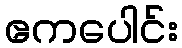
ဧကပေါင်း